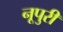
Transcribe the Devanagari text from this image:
नूपुरी